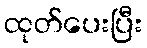
ထုတ်ပေးပြီး